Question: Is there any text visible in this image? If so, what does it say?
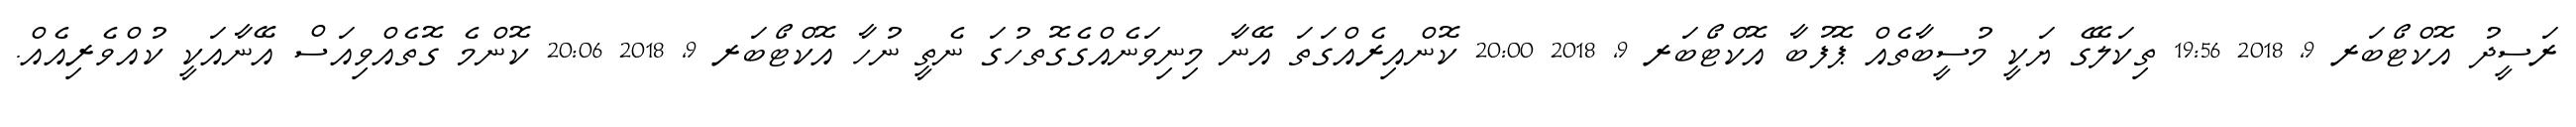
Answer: ރަސީދު އޮކްޓޯބަރ 9, 2018 19:56 ތިކަލޭގެ ޔަކީ މުސީބާތެއް ޕޮފުބާ އޮކްޓޯބަރ 9, 2018 20:00 ކޮންއިރެއްގަތަ އޭނާ މިނިވަނެއްގެގޮތހުގަ ނެތީ ނުހާ އޮކްޓޯބަރ 9, 2018 20:06 ކޮންމެ ގޮތެއްވިއަސް އޭނާއަކީ ކުއްވެރިއެއް.